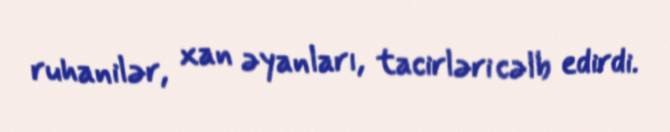
ruhanilər, xan əyanları, tacirləri cəlb edirdi.